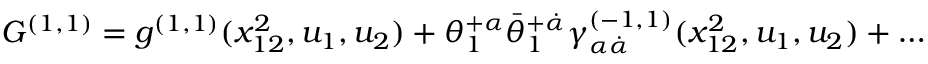
G ^ { ( 1 , 1 ) } = g ^ { ( 1 , 1 ) } ( x _ { 1 2 } ^ { 2 } , u _ { 1 } , u _ { 2 } ) + \theta _ { 1 } ^ { + \alpha } \bar { \theta } _ { 1 } ^ { + \dot { \alpha } } \gamma _ { \alpha \dot { \alpha } } ^ { ( - 1 , 1 ) } ( x _ { 1 2 } ^ { 2 } , u _ { 1 } , u _ { 2 } ) + \ldots